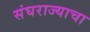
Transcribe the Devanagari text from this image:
संघराज्याचा